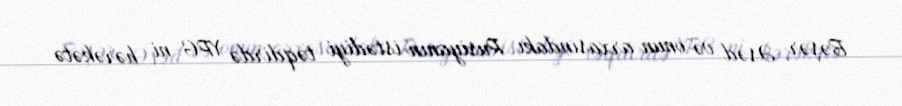
Bəşər Əsəd və onun arxasındakı Rusiyanın istədiyi təqdirdə YPG-ni hərəkətə